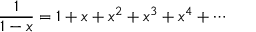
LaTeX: { \frac { 1 } { 1 - x } } = 1 + x + x ^ { 2 } + x ^ { 3 } + x ^ { 4 } + \cdots